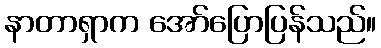
နာတာရှာက အော်ပြောပြန်သည်။